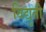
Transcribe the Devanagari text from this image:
विद्युती